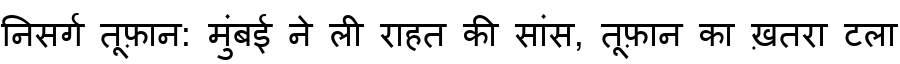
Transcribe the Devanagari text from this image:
निसर्ग तूफ़ान: मुंबई ने ली राहत की सांस, तूफ़ान का ख़तरा टला